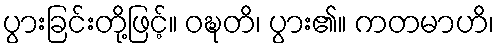
ပွားခြင်းတို့ဖြင့်။ ဝဍ္ဎတိ၊ ပွား၏။ ကတမာဟိ၊